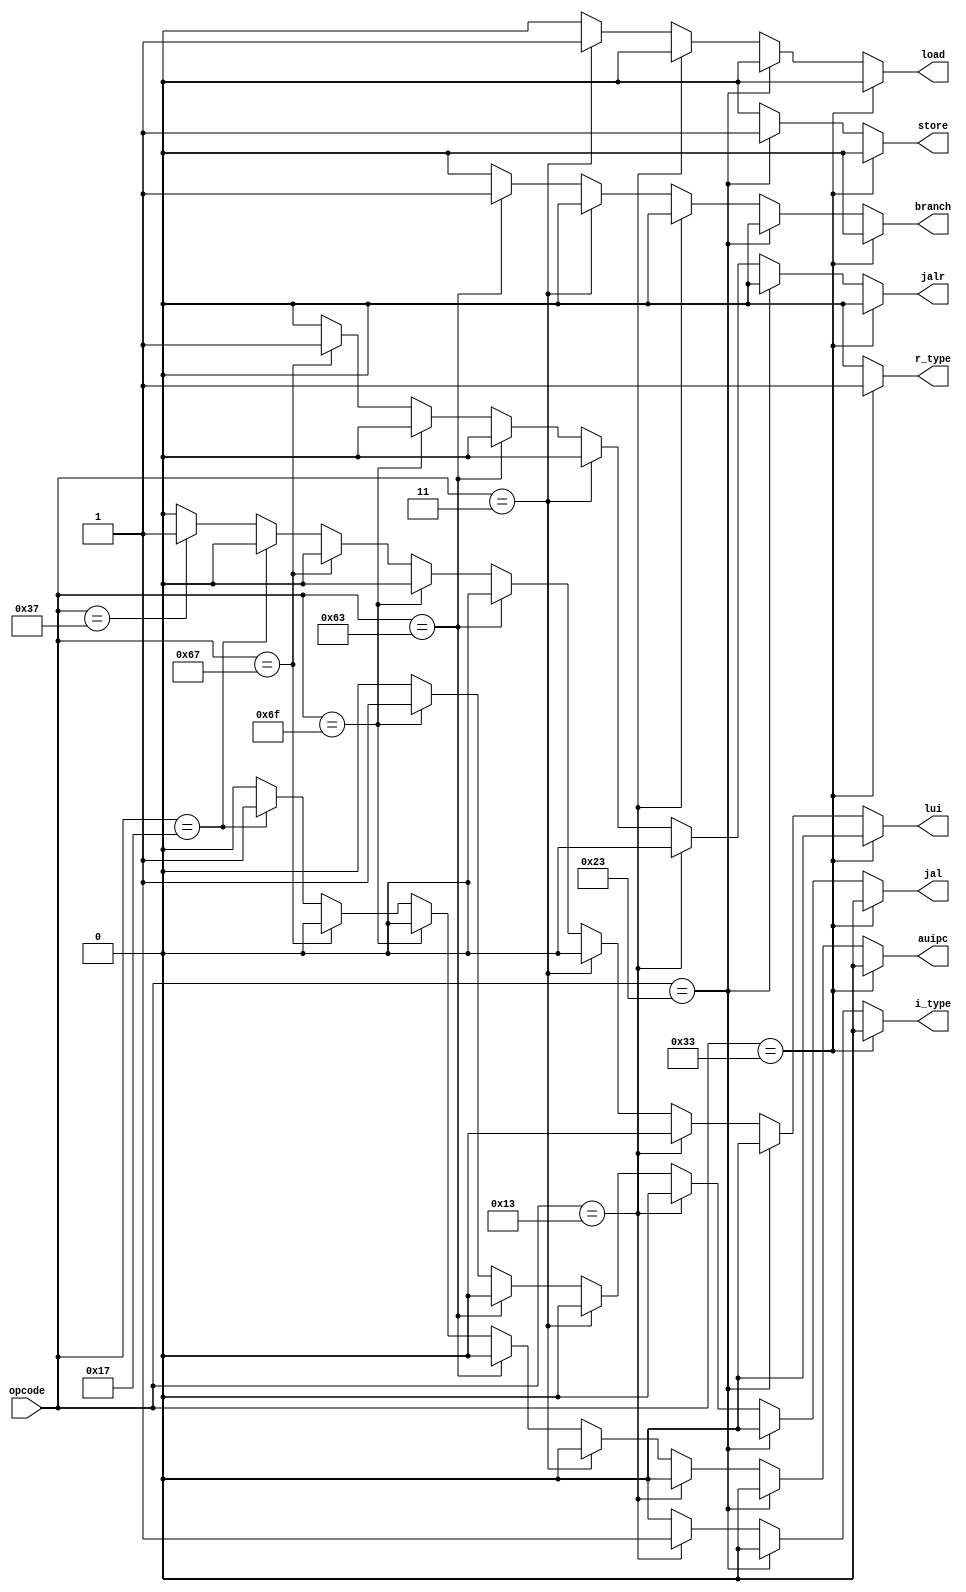
module typedecode(
    input wire [6:0] opcode,
    output reg r_type,
    output reg i_type,
    output reg store,
    output reg branch,
    output reg jal,
    output reg jalr, 
     output reg auipc, 
    output reg lui, 

    output reg load
);
always @(*) begin
        r_type = 0;
        i_type = 0;
        store = 0;
        load = 0;
        branch = 0;
        jal = 0;
        jalr = 0;
         lui = 0;
        auipc = 0;

        if (opcode == 7'b0110011)
            r_type = 1;
        else if (opcode == 7'b0100011)
            store = 1;
        else if (opcode == 7'b0010011)
            i_type = 1;
        else if (opcode == 7'b0000011)
            load = 1;
        else if (opcode == 7'b1100011)
            branch = 1;
        else if (opcode == 7'b1101111)
            jal = 1;
        else if (opcode == 7'b1100111)
            jalr = 1;
        else if (opcode == 7'b0010111)
            auipc = 1;
        else if (opcode == 7'b0110111)
            lui = 1;
    end
    // r_type = 0;
    // i_type = 0;
    // store = 0;
    // load =0;
    // branch=0;
    // jal = 0;
    // jalr = 0;
    // case (opcode)
    //     7'b0110011: r_type = 1;
    //     7'b0100011: store = 1;
    //     7'b0010011: i_type = 1;
    //     7'b0000011: load = 1;
    //     7'b1100011: branch = 1;
    //     7'b1101111: jal = 1;
    //     7'b1100111: jalr = 1;
    // endcase


endmodule